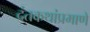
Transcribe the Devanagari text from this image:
दंतकथांप्रमाणे